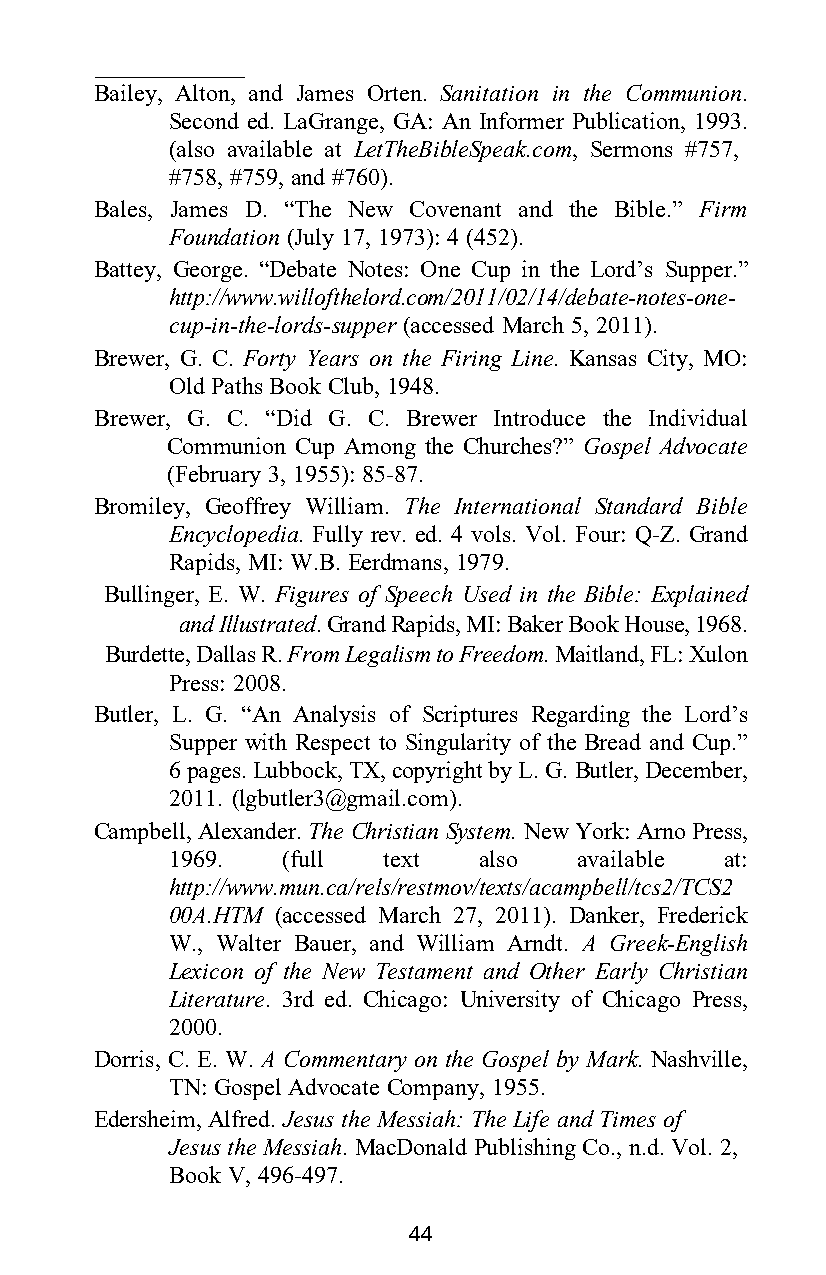
Bailey, Alton, and James Orten. Sanitation in the Communion.
 Second ed. LaGrange, GA: An Informer Publication, 1993.
 (also available at LetTheBibleSpeak.com, Sermons #757,
 #758, #759, and #760).
 Bales, James D. “The New Covenant and the Bible.” Firm
 Foundation (July 17, 1973): 4 (452).
 Battey, George. “Debate Notes: One Cup in the Lord’s Supper.”
 http://www.willofthelord.com/2011/02/14/debate-notes-one-
 cup-in-the-lords-supper (accessed March 5, 2011).
 Brewer, G. C. Forty Years on the Firing Line. Kansas City, MO:
 Old Paths Book Club, 1948.
 Brewer, G. C. “Did G. C. Brewer Introduce the Individual
 Communion Cup Among the Churches?” Gospel Advocate
 (February 3, 1955): 85-87.
 Bromiley, Geoffrey William. The International Standard Bible
 Encyclopedia. Fully rev. ed. 4 vols. Vol. Four: Q-Z. Grand
 Rapids, MI: W.B. Eerdmans, 1979.
 Bullinger, E. W. Figures of Speech Used in the Bible: Explained
 and Illustrated. Grand Rapids, MI: Baker Book House, 1968.
 Burdette, Dallas R. From Legalism to Freedom. Maitland, FL: Xulon
 Press: 2008.
 Butler, L. G. “An Analysis of Scriptures Regarding the Lord’s
 Supper with Respect to Singularity of the Bread and Cup.”
 6 pages. Lubbock, TX, copyright by L. G. Butler, December,
 2011. (lgbutler3@gmail.com).
 Campbell, Alexander. The Christian System. New York: Arno Press,
 1969.   (full text   also  available at:
 http://www.mun.ca/rels/restmov/texts/acampbell/tcs2/TCS2
 00A.HTM (accessed March 27, 2011). Danker, Frederick
 W., Walter Bauer, and William Arndt. A Greek-English
 Lexicon of the New Testament and Other Early Christian
 Literature. 3rd ed. Chicago: University of Chicago Press,
 2000.
 Dorris, C. E. W. A Commentary on the Gospel by Mark. Nashville,
 TN: Gospel Advocate Company, 1955.
 Edersheim, Alfred. Jesus the Messiah: The Life and Times of
 Jesus the Messiah. MacDonald Publishing Co., n.d. Vol. 2,
 Book V, 496-497.
 44